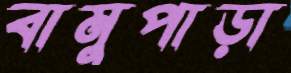
বামুপাড়া